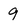
Character: 9